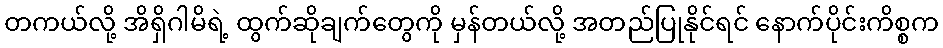
တကယ်လို့ အိရှိဂါမိရဲ့ ထွက်ဆိုချက်တွေကို မှန်တယ်လို့ အတည်ပြုနိုင်ရင် နောက်ပိုင်းကိစ္စက